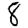
Digit: 8